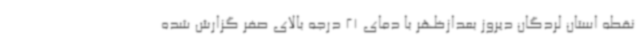
نقطه استان لردگان دیروز بعدازظهر با دمای 21 درجه بالای صفر گزارش شده